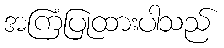
အကြံပြုထားပါသည်